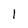
Character: 1